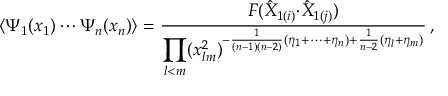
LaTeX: \langle \Psi _ { 1 } ( x _ { 1 } ) \cdots \Psi _ { n } ( x _ { n } ) \rangle = \displaystyle { \frac { F ( \hat { X } _ { 1 ( i ) } { \cdot \hat { X } _ { 1 ( j ) } } ) } { \displaystyle { \prod _ { l < m } ( x _ { l m } ^ { 2 } ) ^ { - \frac { 1 } { ( n - 1 ) ( n - 2 ) } ( \eta _ { 1 } + \cdots + \eta _ { n } ) + \frac { 1 } { n - 2 } ( \eta _ { l } + \eta _ { m } ) } } } } \, ,